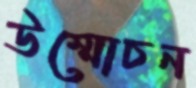
উম্মোচন